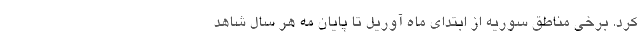
کرد. برخی مناطق سوریه از ابتدای ماه آوریل تا پایان مه هر سال شاهد